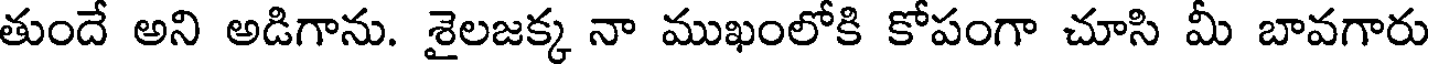
తుందే అని అడిగాను. శైలజక్క నా ముఖంలోకి కోపంగా చూసి మీ బావగారు